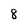
Character: 8